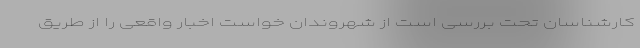
کارشناسان تحت بررسی است از شهروندان خواست اخبار واقعی را از طریق